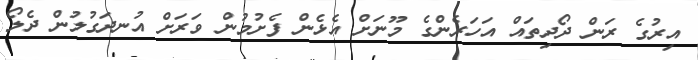
އިރުގެ ރަން ދޯދިތައް އަހަރެންގެ މޫނަށް އެޅެން ފެށުމުން ވަރަށް އުނދަގުލުން ދެލޯ